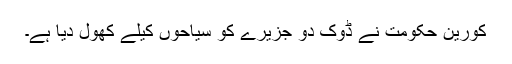
کورین حکومت نے ڈوک دو جزیرے کو سیاحوں کیلے کھول دیا ہے۔